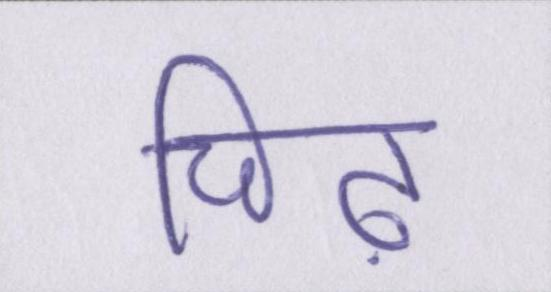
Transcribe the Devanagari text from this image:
चिढ़